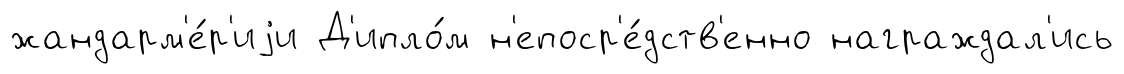
жандарм'е́р'иjи Д'ипло́м н'епоср'е́дств'енно награждал'ись